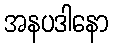
အနပဒါနော